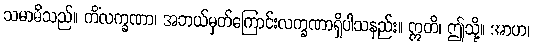
သမာဓိသည်။ ကိံလက္ခဏာ၊ အဘယ်မှတ်ကြောင်းလက္ခဏာရှိပါသနည်း။ ဣတိ၊ ဤသို့။ အာဟ၊